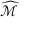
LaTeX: \widehat { \mathcal { M } }